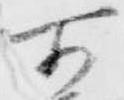
所